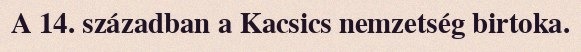
A 14. században a Kacsics nemzetség birtoka.